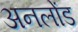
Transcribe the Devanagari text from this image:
अनलोंड